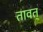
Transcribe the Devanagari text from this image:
तावत्